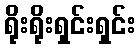
ရိုးရိုးရှင်းရှင်း